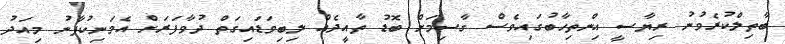
ބާތިލްކުރެވުނު ރިޔާސީ އިންތިހާބުގައިވެސް ގާސިމަށް ބޮޑު ތާއީދެއް ލިބިވަޑައިގަތް ދުވާފަރަށް އެމަނިކުފާނު މިއަދު